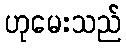
ဟုမေးသည်